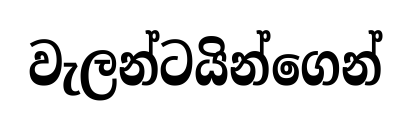
වැලන්ටයින්ගෙන්